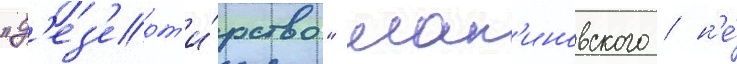
"д'ез'ерт'и́рство" мал'иновского / н'е́